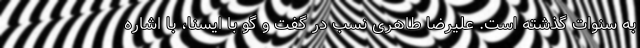
به سنوات گذشته است. علیرضا طاهری نسب در گفت و گو با ایسنا، با اشاره